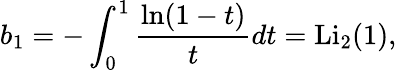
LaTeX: b_{1}=-\int_{0}^{1}\frac{\ln(1-t)}{t}dt=\mathrm{Li}_{2}(1),